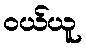
ဝယ်ယူ